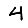
Digit: 4